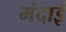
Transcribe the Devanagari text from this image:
मंदाई